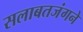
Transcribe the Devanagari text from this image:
सलाबतजंगने